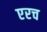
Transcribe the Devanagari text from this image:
एरच